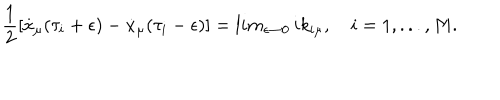
LaTeX: { \frac { 1 } { 2 } } [ \dot { x } _ { \mu } ( \tau _ { i } + \epsilon ) - \dot { x } _ { \mu } ( \tau _ { i } - \epsilon ) ] = l i m _ { \epsilon \rightarrow 0 } \, i k _ { i \mu } , \quad i = 1 , . . . , M .